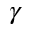
\gamma